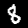
Digit: 8